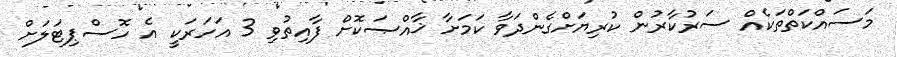
މަސައްކަތްތަކެއް ސަރުކާރުން ކުރިޔަށްގެންދަވާ ކަމަށާ ޚާއްޞަކޮށް ފާއިތުވި 3 އަހަރަކީ އެ ހޮސްޕިޓަލަށް